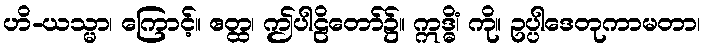
ဟိ-ယသ္မာ၊ ကြောင့်။ ဧတ္ထ၊ ဤပါဠိတော်၌။ ဣဒ္ဓိံ၊ ကို။ ဥပ္ပါဒေတုကာမတာ၊